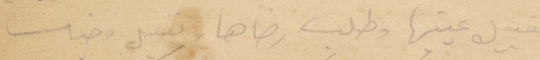
تقبيل عينيها وطل رضاها وتقبيل وجنات